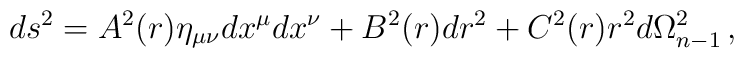
ds^2=A^2(r)\eta_{\mu\nu}dx^\mu dx^\nu+B^2(r)dr^2+C^2(r)r^2d\Omega^2_{n-1}\, ,